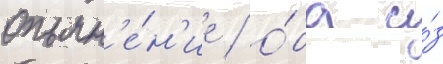
опьян'е́н'ие / о́ба и́з